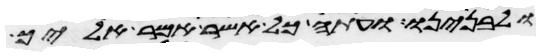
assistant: ולבנינו ועתה כל אשר אמר אליך